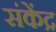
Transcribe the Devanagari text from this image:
संकेंद्र